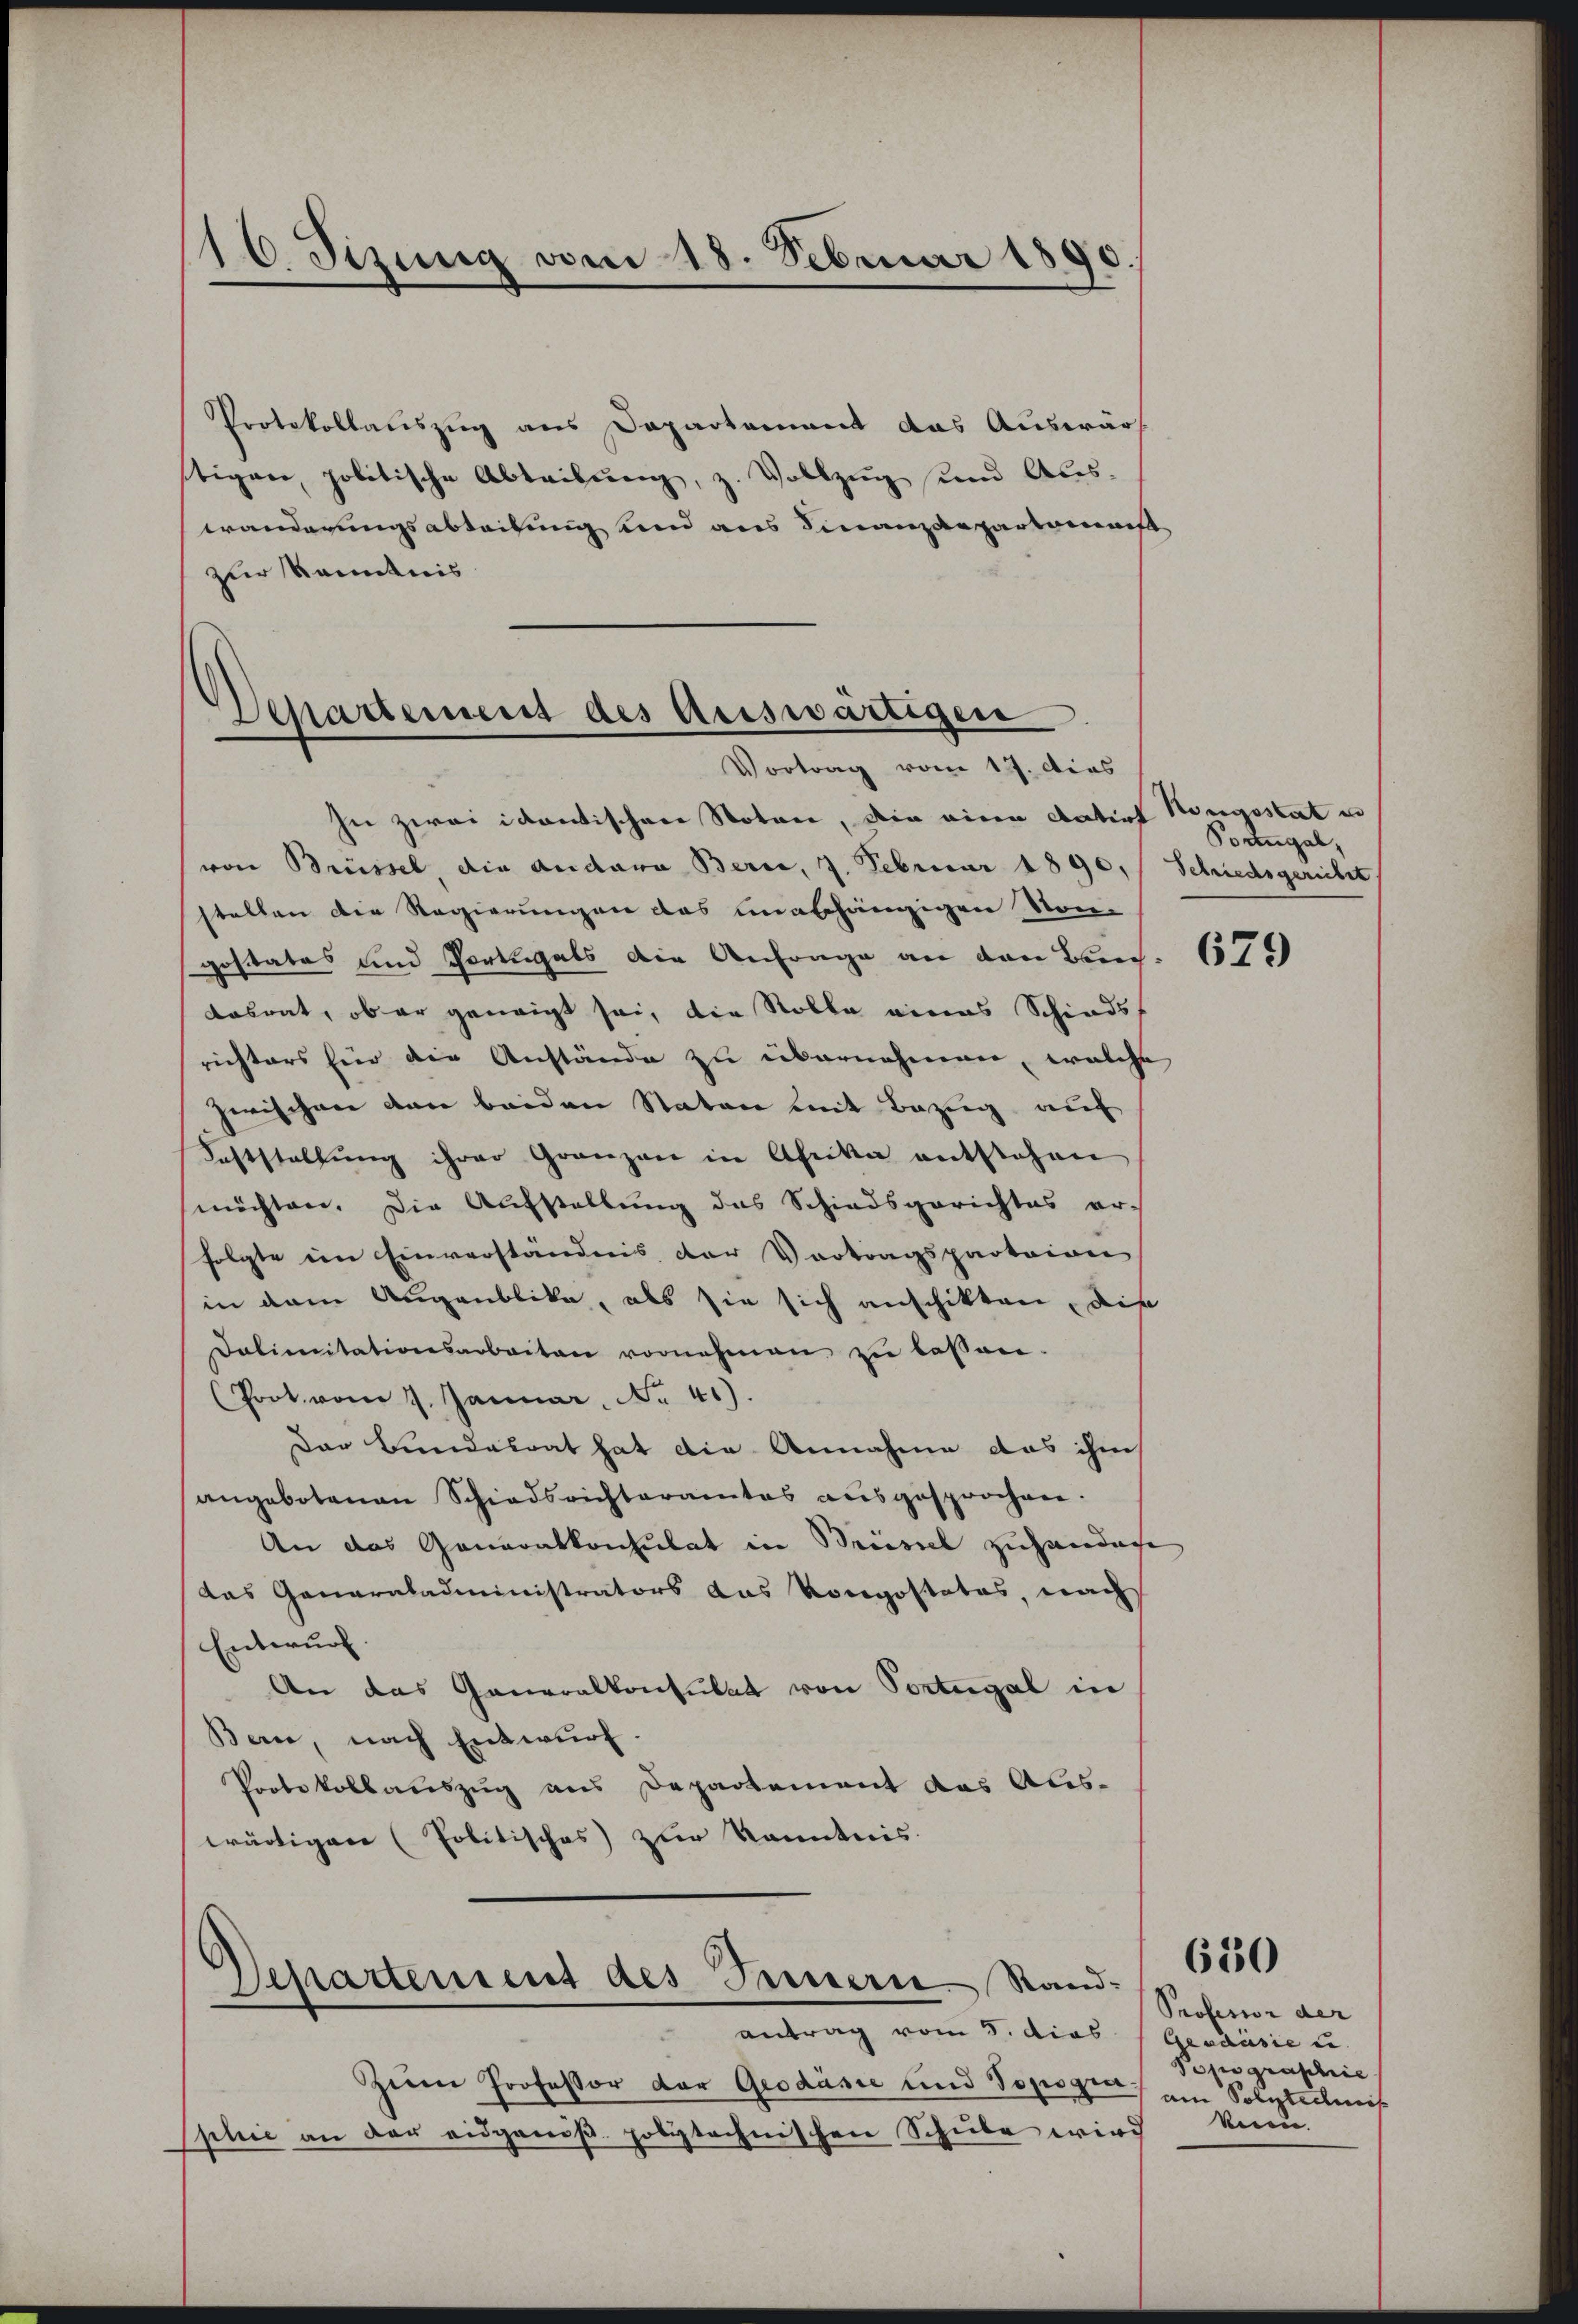
16 Sizung vom 18. Februar 1890

Protokollauszug aus Departement das Auswär
tigen, politische Abtribung, z. Vollzug und Auswänderungsabteilung und aus Finanzdepartement
zur Kenntnis

Separtement des Auswärtigen
Vortrag vom 17. Dies

In zwei idantischen Notar, die eine datirt Hengsstat in
von Brüssel, die andara Bern, 7. Februar 1890, Schiedsgericht
stellen die Regierungen das unabhängigen Vor-
gestates und Portugals die Anfrage an den Bauc
dabrat, ob er geneigt sei, die Rolle eines Schiedsrichters hier die Anstände zu übernehmen, welche
zwischen von beiden Staten mit Bezug auf
Feststaltung ihrer Gränzen in Afrika entstehen
möchten. Die Aufstellung des Schiedsgerichtes er-
folgte im Einverständnis der Vortragspartaion
in dem Augenblicke, als sie sich anschikten, die
Dolimitationsarbeiten vornehmen zŭ lassen.
(Prot. vom 7. Januar. No. 41).
Dar Bundesrat hat die Annahme das ihm
angebotenen Schiedsrichteramtes aŭsgesprochen.
An das Generalkonsulat in Brüssel zuhandere
das Ganarakadeministrators das Vorgestatos, nach
Entwurf.
An das Generalkonsulat von Portugal in
Bern, nach Entwurf.
Protokollauszug aus Departement das Auswärtigen (Politisches) zur Kenntnis.

Departement des Innerie Randantrag vom 8. dies

Zum Professor der Geodäsie und Topogen
phie an der eidgenöß. polytechnischen Schule wird

Portugal,

679

Professor der
Aeadäsie u.
Popographie
am Polytechnis
knen.

650